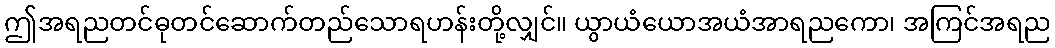
ဤအရညတင်ဓုတင်ဆောက်တည်သောရဟန်းတို့လျှင်။ ယွာယံယောအယံအာရညကော၊ အကြင်အရည